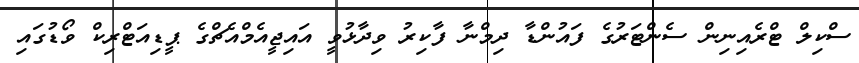
ސްކިލް ޓްރެއިނިން ސެންޓަރުގެ ފައުންޑާ ދިމްނާ ފާކިރު ވިދާޅުވީ އައިޖީއެމްއެޗްގެ ޕީޑިއަޓްރިކް ވޯޑުގައި